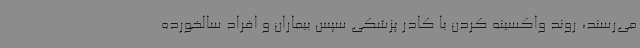
می‌رسند، روند واکسینه کردن با کادر پزشکی سپس بیماران و افراد سالخورده